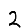
Digit: 2